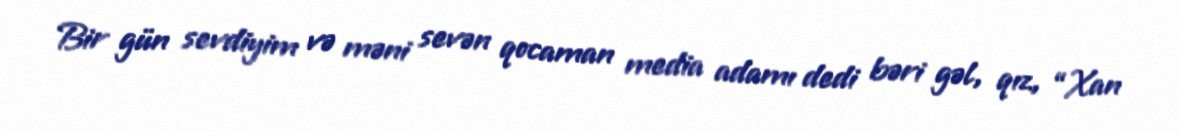
Bir gün sevdiyim və məni sevən qocaman media adamı dedi bəri gəl, qız, “Xan